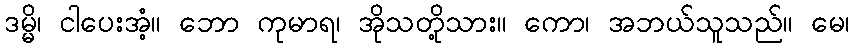
ဒမ္မိ၊ ငါပေးအံ့။ ဘော ကုမာရ၊ အိုသတို့သား။ ကော၊ အဘယ်သူသည်။ မေ၊